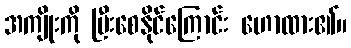
အကျိုးကို ပြီးစေနိုင်ကြောင်း ဟောထား၏။